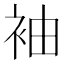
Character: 袖